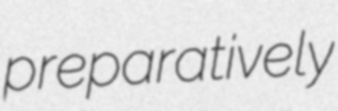
preparatively